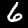
Label: 6